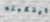
ارتكبته